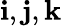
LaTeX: \mathbf{i},\mathbf{j},\mathbf{k}